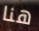
هنا